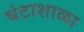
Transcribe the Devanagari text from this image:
घंटाशाळा